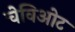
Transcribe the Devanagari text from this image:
चेविओट